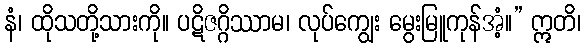
နံ၊ ထိုသတို့သားကို။ ပဋိဇဂ္ဂိဿာမ၊ လုပ်ကျွေး မွေးမြူကုန်အံ့။” ဣတိ၊